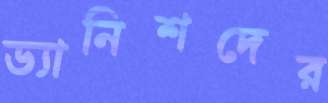
ড্যানিশদের